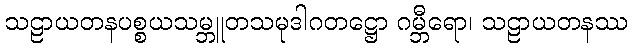
သဠာယတနပစ္စယသမ္ဘူတသမုဒါဂတဋ္ဌော ဂမ္ဘီရော၊ သဠာယတနဿ